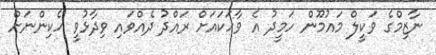
ނާޒިމްގެ ވަކީލް މައުމޫން ހަމީދު އެ ވާހަކައަށް ރައްދު ދެއްްވައި ވިދާޅުވީ ހެކިންނަށް